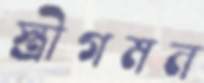
স্ত্রীগমন